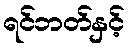
ရင်ဘတ်နှင့်